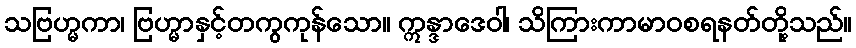
သဗြဟ္မကာ၊ ဗြဟ္မာနှင့်တကွကုန်သော။ ဣန္ဒာဒေဝါ၊ သိကြားကာမာဝစရနတ်တို့သည်။